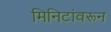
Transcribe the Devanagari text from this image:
मिनिटांवरून